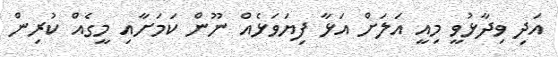
އަދި ވިދާޅުވީ މިއީ އަލަށް އަޅާ ފިޔަވަޅެއް ނޫން ކަމަށާއި މީގެއް ކުރިން